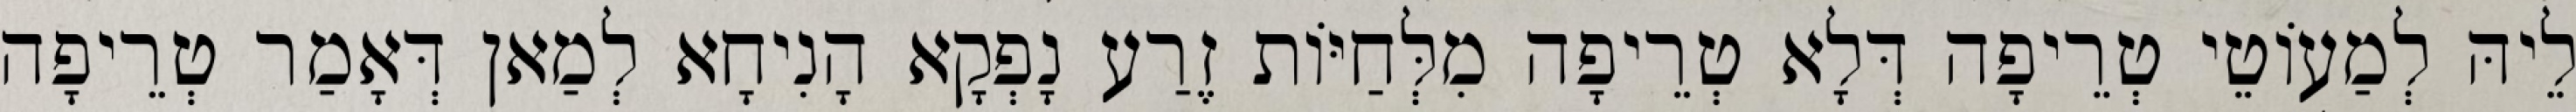
לֵיהּ לְמַעוֹטֵי טְרֵיפָה דְּלָא טְרֵיפָה מִלְּחַיּוֹת זֶרַע נָפְקָא הָנִיחָא לְמַאן דְּאָמַר טְרֵיפָה